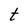
Character: t